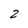
Character: 2